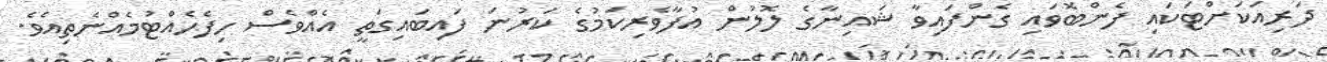
ދަރިއަކަށްޓަކައި ފެންބޮވައި ގެންފައިވާ ޝައިނާގެ ލޮލުން އުފާވެރިކަމުގެ ކަރުނަ ފައިބައިގަތީ އެއްވެސް ހިފެހެއްޓުމެއްނެތިއެވެ.